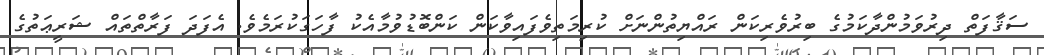
ސަޤާފަތް ދިރުވަމުންދާކަމުގެ ބިރުވެރިކަން ރައްޔިތުންނަށް ކުރިމަތިވެފައިވާކަން ކަންބޮޑުވުމާއެކު ފާހަގަކުރަމެވެ. އެފަދަ ފަރާތްތައް ޝަރީޢަތުގެ